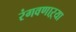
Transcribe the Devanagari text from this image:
रंगवणाऱ्या